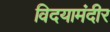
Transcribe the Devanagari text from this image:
विदयामंदीर